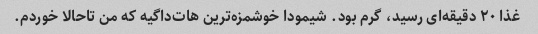
غذا ۲۰ دقیقه‌ای رسید، گرم بود. شیمودا خوشمزه‌ترین هات‌داگیه که من تا‌حالا خوردم.